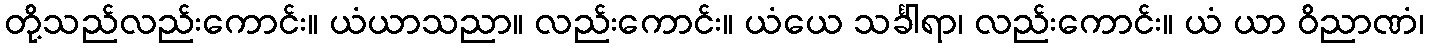
တို့သည်လည်းကောင်း။ ယံယာသညာ။ လည်းကောင်း။ ယံယေ သင်္ခါရာ၊ လည်းကောင်း။ ယံ ယာ ဝိညာဏံ၊